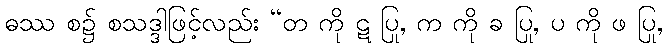
ဓဿ စ၌ စသဒ္ဒါဖြင့်လည်း “တ ကို ဋ ပြု, က ကို ခ ပြု, ပ ကို ဖ ပြု,